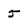
Character: 5